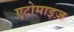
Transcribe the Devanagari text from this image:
एटोमाइज़